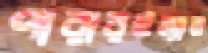
পারারইল্যান